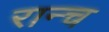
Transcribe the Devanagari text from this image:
रान्च